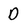
Character: D